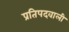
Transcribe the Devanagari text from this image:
प्रतिपदवाली